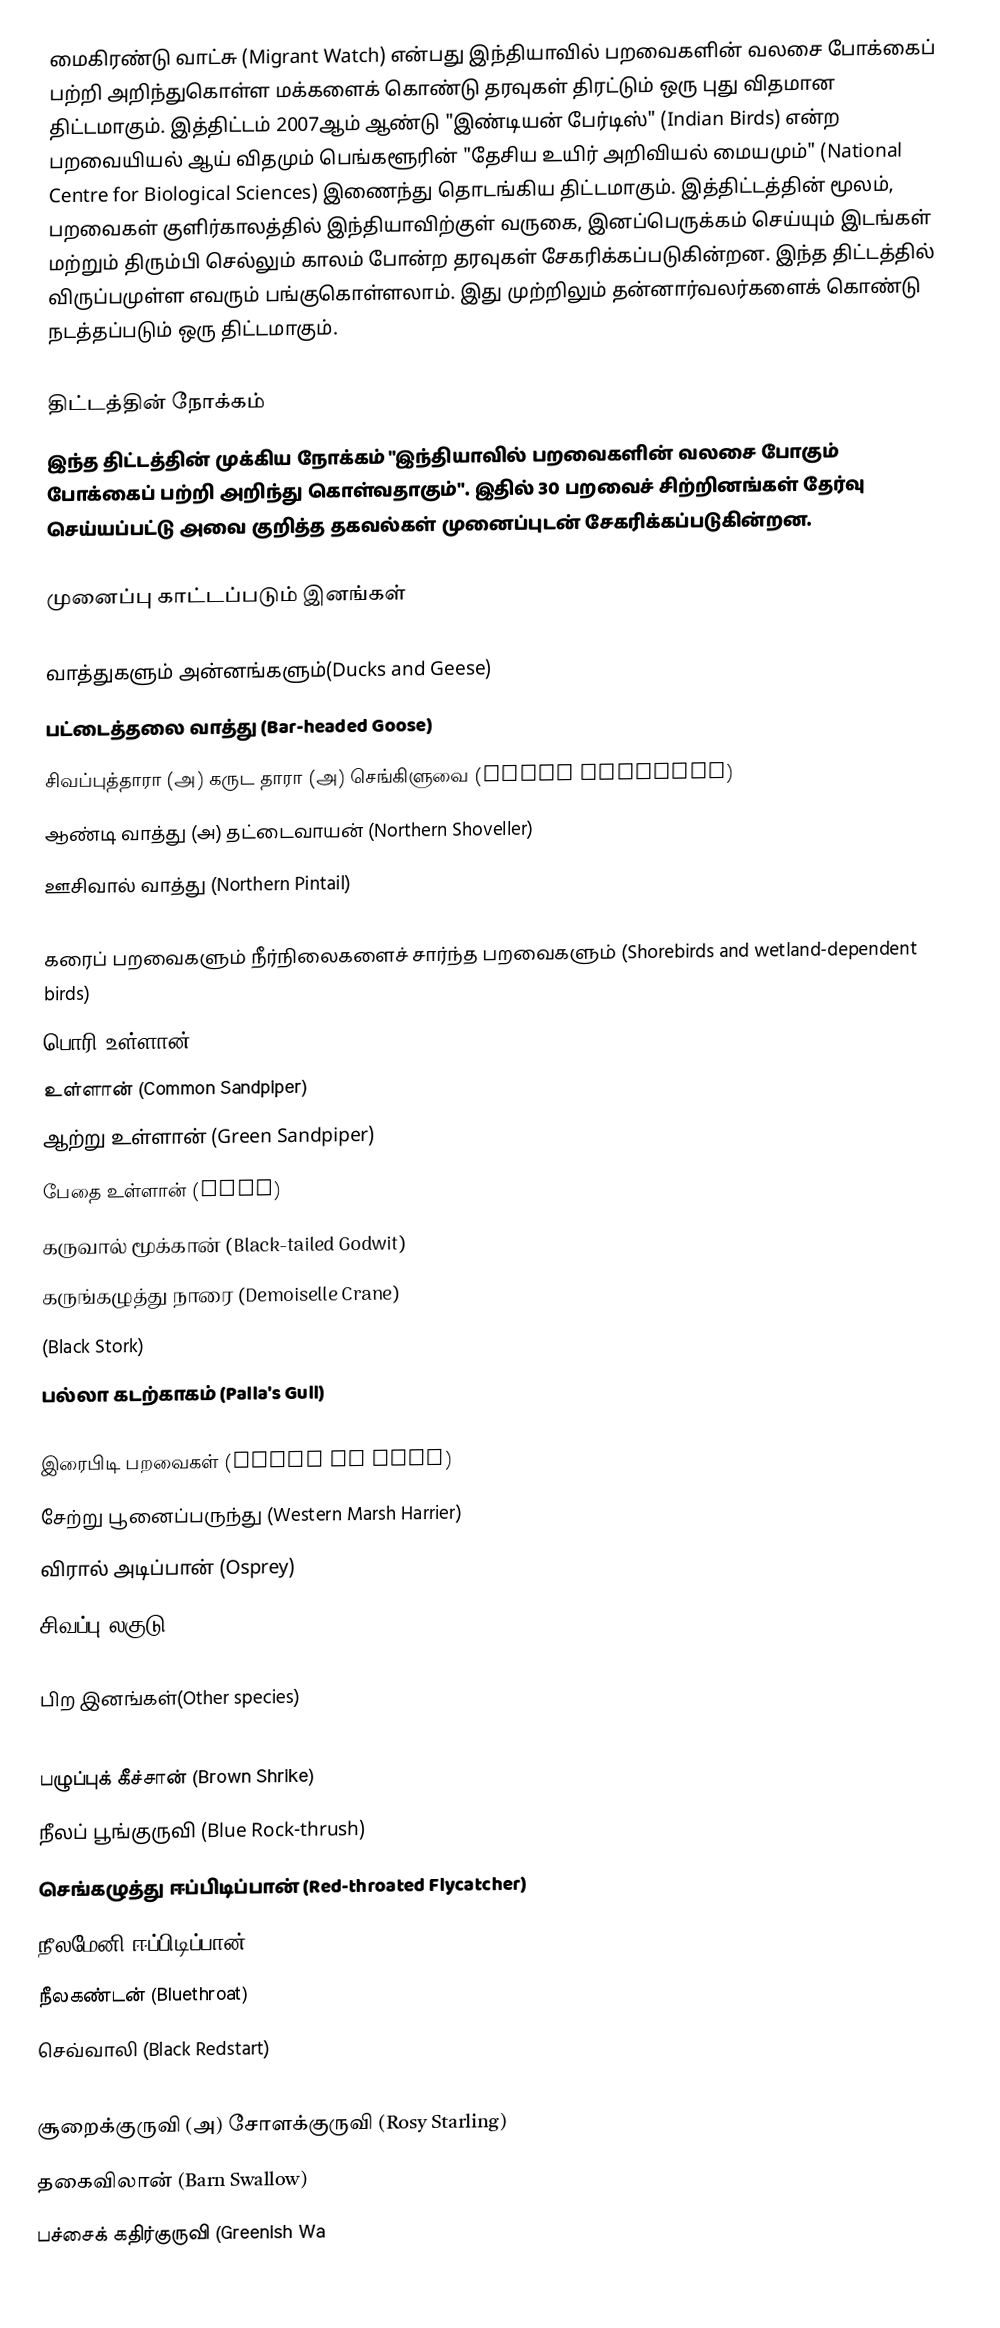
மைகிரண்டு வாட்சு (Migrant Watch) என்பது இந்தியாவில் பறவைகளின் வலசை போக்கைப் பற்றி அறிந்துகொள்ள மக்களைக் கொண்டு தரவுகள் திரட்டும் ஒரு புது விதமான திட்டமாகும். இத்திட்டம் 2007ஆம் ஆண்டு "இண்டியன் பேர்டிஸ்" (Indian Birds) என்ற பறவையியல் ஆய் விதமும் பெங்களூரின் "தேசிய உயிர் அறிவியல் மையமும்" (National Centre for Biological Sciences) இணைந்து தொடங்கிய திட்டமாகும். இத்திட்டத்தின் மூலம், பறவைகள் குளிர்காலத்தில் இந்தியாவிற்குள் வருகை, இனப்பெருக்கம் செய்யும் இடங்கள் மற்றும் திரும்பி செல்லும் காலம் போன்ற தரவுகள் சேகரிக்கப்படுகின்றன. இந்த திட்டத்தில் விருப்பமுள்ள எவரும் பங்குகொள்ளலாம். இது முற்றிலும் தன்னார்வலர்களைக் கொண்டு நடத்தப்படும் ஒரு திட்டமாகும்.

திட்டத்தின் நோக்கம்
இந்த திட்டத்தின் முக்கிய நோக்கம் "இந்தியாவில் பறவைகளின் வலசை போகும் போக்கைப் பற்றி அறிந்து கொள்வதாகும்". இதில் 30 பறவைச் சிற்றினங்கள் தேர்வு செய்யப்பட்டு அவை குறித்த தகவல்கள் முனைப்புடன் சேகரிக்கப்படுகின்றன.

முனைப்பு காட்டப்படும் இனங்கள்

வாத்துகளும் அன்னங்களும்(Ducks and Geese)
 பட்டைத்தலை வாத்து (Bar-headed Goose)
 சிவப்புத்தாரா (அ) கருட தாரா (அ) செங்கிளுவை (Ruddy Shelduck)
 ஆண்டி வாத்து (அ) தட்டைவாயன் (Northern Shoveller)
 ஊசிவால் வாத்து (Northern Pintail)

கரைப் பறவைகளும் நீர்நிலைகளைச் சார்ந்த பறவைகளும் (Shorebirds and wetland-dependent birds)
 பொரி உள்ளான் (Wood Sandpiper)
 உள்ளான் (Common Sandpiper)
 ஆற்று உள்ளான் (Green Sandpiper)
 பேதை உள்ளான் (Ruff)
 கருவால் மூக்கான் (Black-tailed Godwit)
 கருங்கழுத்து நாரை (Demoiselle Crane)
 (Black Stork)
 பல்லா கடற்காகம் (Palla's Gull)

இரைபிடி பறவைகள் (Birds of prey)
 சேற்று பூனைப்பருந்து (Western Marsh Harrier)
 விரால் அடிப்பான் (Osprey)
 சிவப்பு லகுடு (Common Kestrel)

பிற இனங்கள்(Other species)
 (Eurasian Wryneck)
 பழுப்புக் கீச்சான் (Brown Shrike)
 நீலப் பூங்குருவி (Blue Rock-thrush)
 செங்கழுத்து ஈப்பிடிப்பான் (Red-throated Flycatcher)
 நீலமேனி ஈப்பிடிப்பான் (Verditer Flycatcher)
 நீலகண்டன் (Bluethroat)
 செவ்வாலி (Black Redstart)
 (Common Stonechat)
 சூறைக்குருவி (அ) சோளக்குருவி (Rosy Starling)
 தகைவிலான் (Barn Swallow)
 பச்சைக் கதிர்குருவி (Greenish Wa